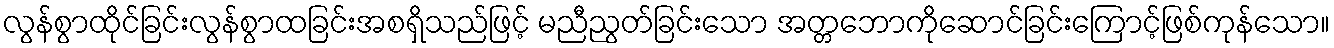
လွန်စွာထိုင်ခြင်းလွန်စွာထခြင်းအစရှိသည်ဖြင့် မညီညွတ်ခြင်းသော အတ္တဘောကိုဆောင်ခြင်းကြောင့်ဖြစ်ကုန်သော။